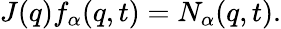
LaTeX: J({q})f_{\alpha}({q},t)=N_{\alpha}({q},t).